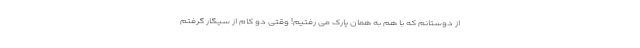
از دوستانم که با هم به همان پارک می رفتیم! وقتی دو کام از سیگار گرفتم